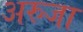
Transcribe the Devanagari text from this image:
अरुजा